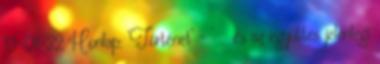
13-01-22 Honlap: 'Történet' - ' . és az együttes jelenlegi